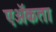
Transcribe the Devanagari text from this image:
एॲकता